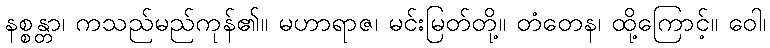
နစ္စန္တာ၊ ကသည်မည်ကုန်၏။ မဟာရာဇ၊ မင်းမြတ်တို့။ တံတေန၊ ထို့ကြောင့်။ ဝေါ၊